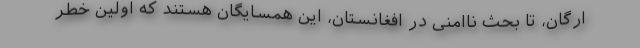
ارگان، تا بحث ناامنی در افغانستان، این همسایگان هستند که اولین خطر